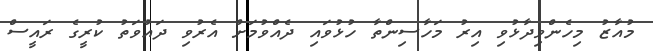
މުއާޒު މިހެންވިދާޅުވި އިރު މަހާސިންތާ ހުޅުވައި ދެއްވުމަށް އެރުވި ދައުވަތު ކުރީގެ ރައީސް